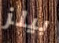
بيلز